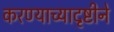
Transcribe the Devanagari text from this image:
करण्याच्यादृष्टीने